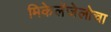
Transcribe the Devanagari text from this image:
मिकेलेंजेलोचा